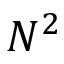
N ^ { 2 }